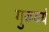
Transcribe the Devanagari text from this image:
गुरूवर्य